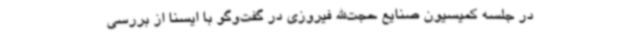
در جلسه کمیسیون صنایع حجت‌الله فیروزی در گفت‌وگو با ایسنا از بررسی